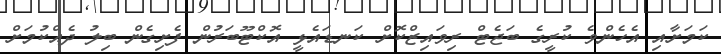
ކަމަށާއި އެހެންވެ ކުރީގެ ބަޖެޓް ރިވައިޒްކޮށް ކަނޑައެޅީ އޮކްޓޫބަރުން ފެށިގެން ބިލު ދެއްކުމަށް